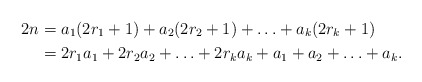
\begin{align*}2n&=a_1(2r_1+1)+a_2(2r_2+1)+\ldots + a_k(2r_k+1)\\&=2r_1 a_1+2r_2 a_2+ \ldots + 2r_k a_k + a_1+a_2+\ldots + a_k.\end{align*}